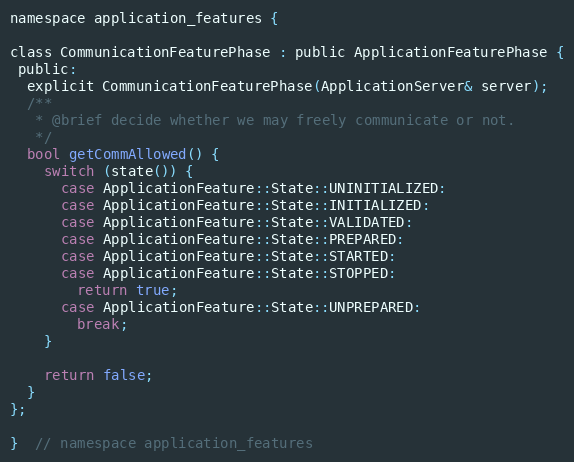
Language: C
namespace application_features {

class CommunicationFeaturePhase : public ApplicationFeaturePhase {
 public:
  explicit CommunicationFeaturePhase(ApplicationServer& server);
  /**
   * @brief decide whether we may freely communicate or not.
   */
  bool getCommAllowed() {
    switch (state()) {
      case ApplicationFeature::State::UNINITIALIZED:
      case ApplicationFeature::State::INITIALIZED:
      case ApplicationFeature::State::VALIDATED:
      case ApplicationFeature::State::PREPARED:
      case ApplicationFeature::State::STARTED:
      case ApplicationFeature::State::STOPPED:
        return true;
      case ApplicationFeature::State::UNPREPARED:
        break;
    }

    return false;
  }
};

}  // namespace application_features